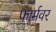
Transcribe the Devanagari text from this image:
फार्मवर